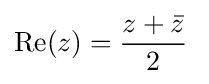
\mathrm {Re} (z)={\frac {z+{\bar {z}}}{2}}\;